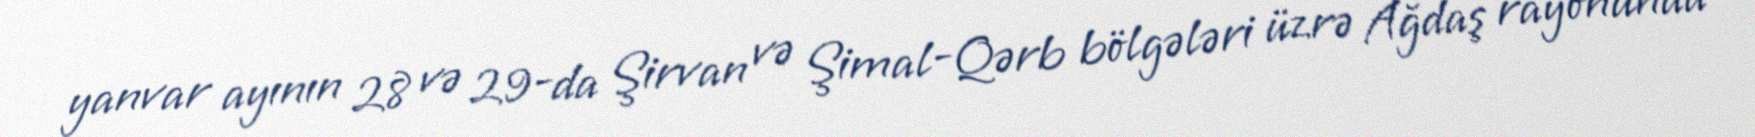
yanvar ayının 28 və 29-da Şirvan və Şimal-Qərb bölgələri üzrə Ağdaş rayonunda